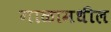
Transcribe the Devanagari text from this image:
गाळामधील